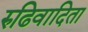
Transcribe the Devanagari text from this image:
रुढिवादिता